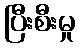
ပြီးစီးမှု